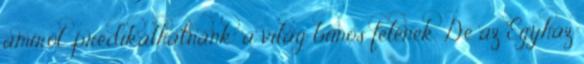
amiről „prédikálhatnánk” a világ bűnös felének. De az Egyház